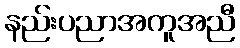
နည်းပညာအကူအညီ